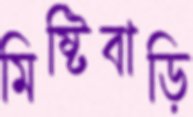
মিষ্টিবাড়ি